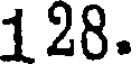
128.